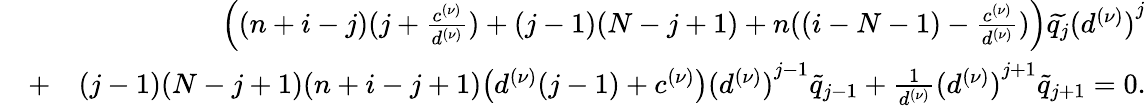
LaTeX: \begin{array}{rlr}&{}&{\Big((n+i-j)(j+\frac{c^{(\nu)}}{d^{(\nu)}})+(j-1)(N-j+1)+n((i-N-1)-\frac{c^{(\nu)}}{d^{(\nu)}})\Big)\widetilde{q_{j}}{(d^{(\nu)})}^{j}}\\ &{+}&{(j-1)(N-j+1)(n+i-j+1)\big(d^{(\nu)}(j-1)+c^{(\nu)}\big){(d^{(\nu)})}^{j-1}\widetilde{q}_{j-1}+\frac{1}{d^{(\nu)}}{(d^{(\nu)})}^{j+1}\widetilde{q}_{j+1}=0.}\end{array}